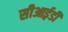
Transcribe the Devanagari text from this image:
सीआई़डी